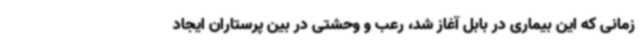
زمانی که این بیماری در بابل آغاز شد، رعب و وحشتی در بین پرستاران ایجاد